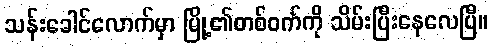
သန်းခေါင်လောက်မှာ မြို့၏တစ်ဝက်ကို သိမ်းပြီးနေလေပြီ။